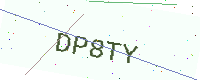
Text: DP8TY